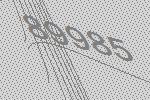
89985